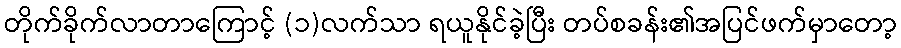
တိုက်ခိုက်လာတာကြောင့် (၁)လက်သာ ရယူနိုင်ခဲ့ပြီး တပ်စခန်း၏အပြင်ဖက်မှာတော့